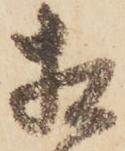
相